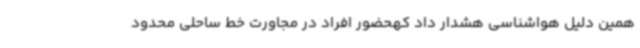
همین دلیل هواشناسی هشدار داد کهحضور افراد در مجاورت خط ساحلی محدود